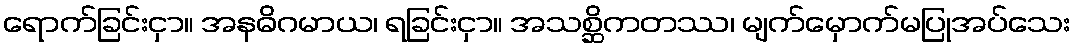
ရောက်ခြင်းငှာ။ အနဓိဂမာယ၊ ရခြင်းငှာ။ အသစ္ဆိကတဿ၊ မျက်မှောက်မပြုအပ်သေး